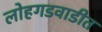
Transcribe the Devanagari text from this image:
लोहगडवाडीत